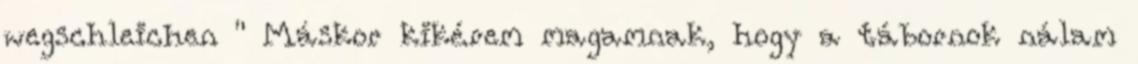
wegschleichen " Máskor kikérem magamnak, hogy a tábornok nálam